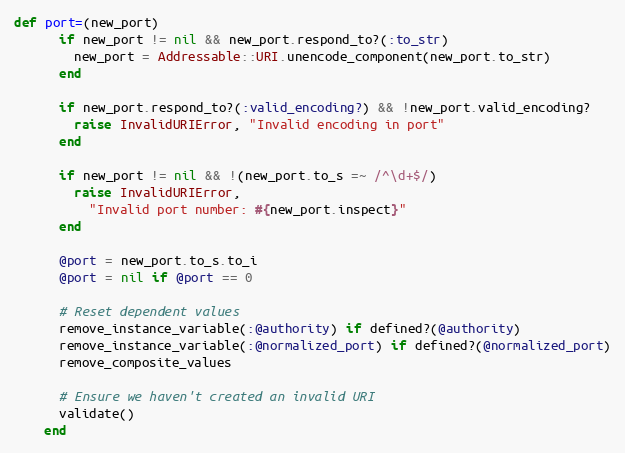
Language: Ruby
def port=(new_port)
      if new_port != nil && new_port.respond_to?(:to_str)
        new_port = Addressable::URI.unencode_component(new_port.to_str)
      end

      if new_port.respond_to?(:valid_encoding?) && !new_port.valid_encoding?
        raise InvalidURIError, "Invalid encoding in port"
      end

      if new_port != nil && !(new_port.to_s =~ /^\d+$/)
        raise InvalidURIError,
          "Invalid port number: #{new_port.inspect}"
      end

      @port = new_port.to_s.to_i
      @port = nil if @port == 0

      # Reset dependent values
      remove_instance_variable(:@authority) if defined?(@authority)
      remove_instance_variable(:@normalized_port) if defined?(@normalized_port)
      remove_composite_values

      # Ensure we haven't created an invalid URI
      validate()
    end